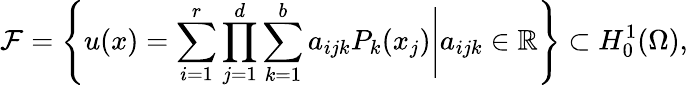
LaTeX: \mathcal{F}=\left\{ u(x)=\sum_{i=1}^{r}\prod_{j=1}^{d}\sum_{k=1}^{b}a_{ijk}P_{k}(x_{j})\Bigg|a_{ijk}\in\mathbb{R}\right\} \subset H_{0}^{1}(\Omega),